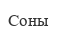
Соны